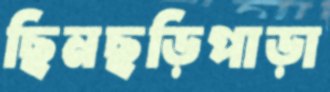
ছিনছড়িপাড়া